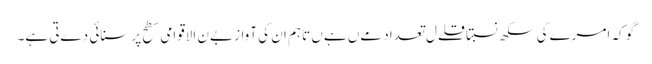
گو کہ امرےکی سکھ نسبتاً قلےل تعداد مےں ہےں تاہم ان کی آواز بےن الاقوامی سطح پر سنائی دےتی ہے۔